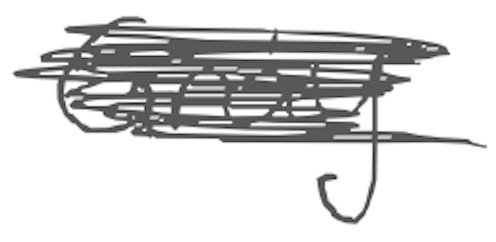
Text: Gray.
Cross-out: mix
Writing tool: digital_gray